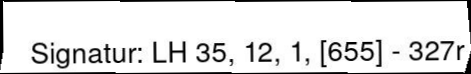
Signatur: LH 35, 12, 1, [655] - 327r